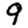
Digit: 9